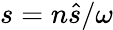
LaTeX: s=n\hat{s}/\omega